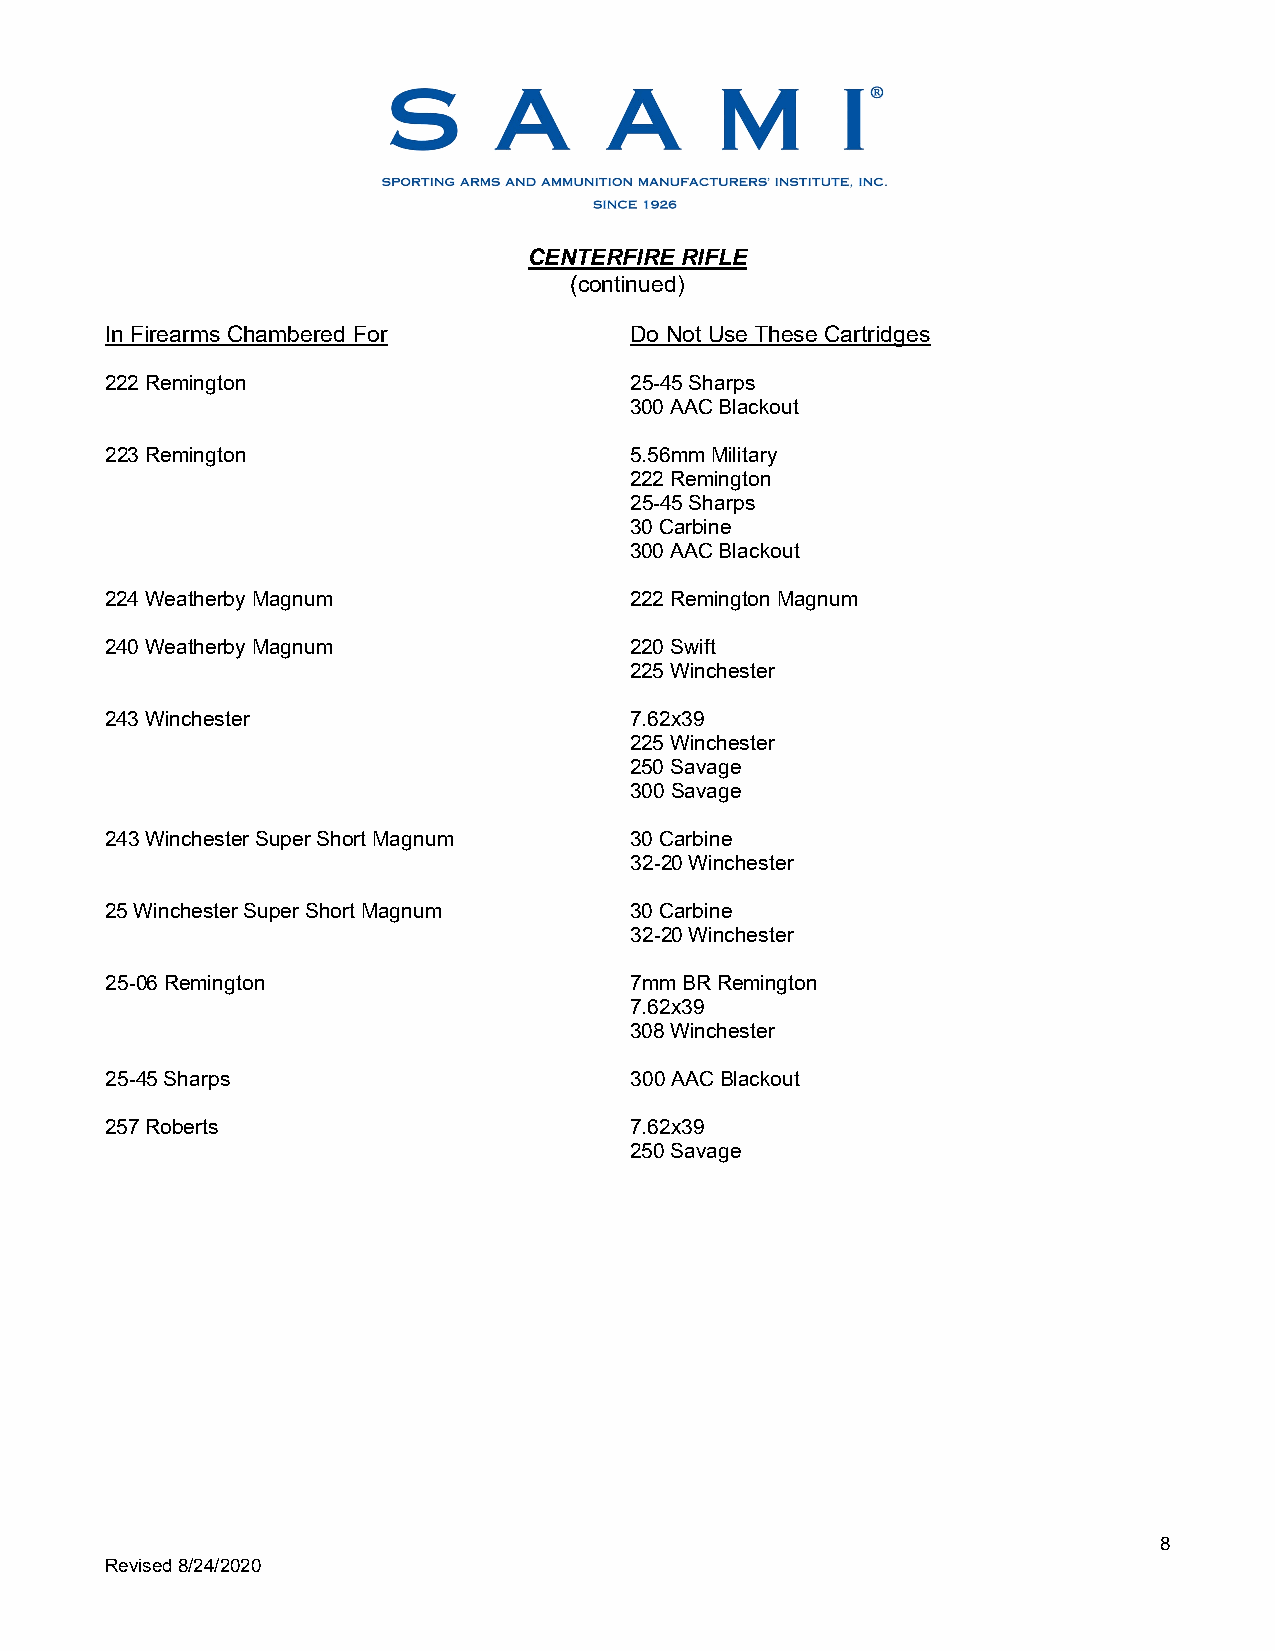
CENTERFIRE RIFLE
 (continued)
 In Firearms Chambered For          Do Not Use These Cartridges
 222 Remington                      25-45 Sharps
 300 AAC Blackout
 223 Remington                      5.56mm Military
 222 Remington
 25-45 Sharps
 30 Carbine
 300 AAC Blackout
 224 Weatherby Magnum               222 Remington Magnum
 240 Weatherby Magnum               220 Swift
 225 Winchester
 243 Winchester                     7.62x39
 225 Winchester
 250 Savage
 300 Savage
 243 Winchester Super Short Magnum  30 Carbine
 32-20 Winchester
 25 Winchester Super Short Magnum   30 Carbine
 32-20 Winchester
 25-06 Remington                    7mm BR Remington
 7.62x39
 308 Winchester
 25-45 Sharps                       300 AAC Blackout
 257 Roberts                        7.62x39
 250 Savage
 8
 Revised 8/24/2020